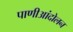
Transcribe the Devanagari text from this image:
पाणीआंदोलन